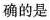
确的是